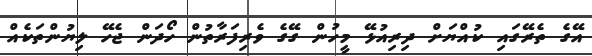
އޭގެ ތެރޭގައި ކުއްޔަށް ދިރިއުޅޭ މީހުން ގޭގެ ވެރިފަރާތުން ހޯދަން ޖެހޭ ލިޔުންތަކެއް